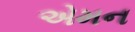
એમન